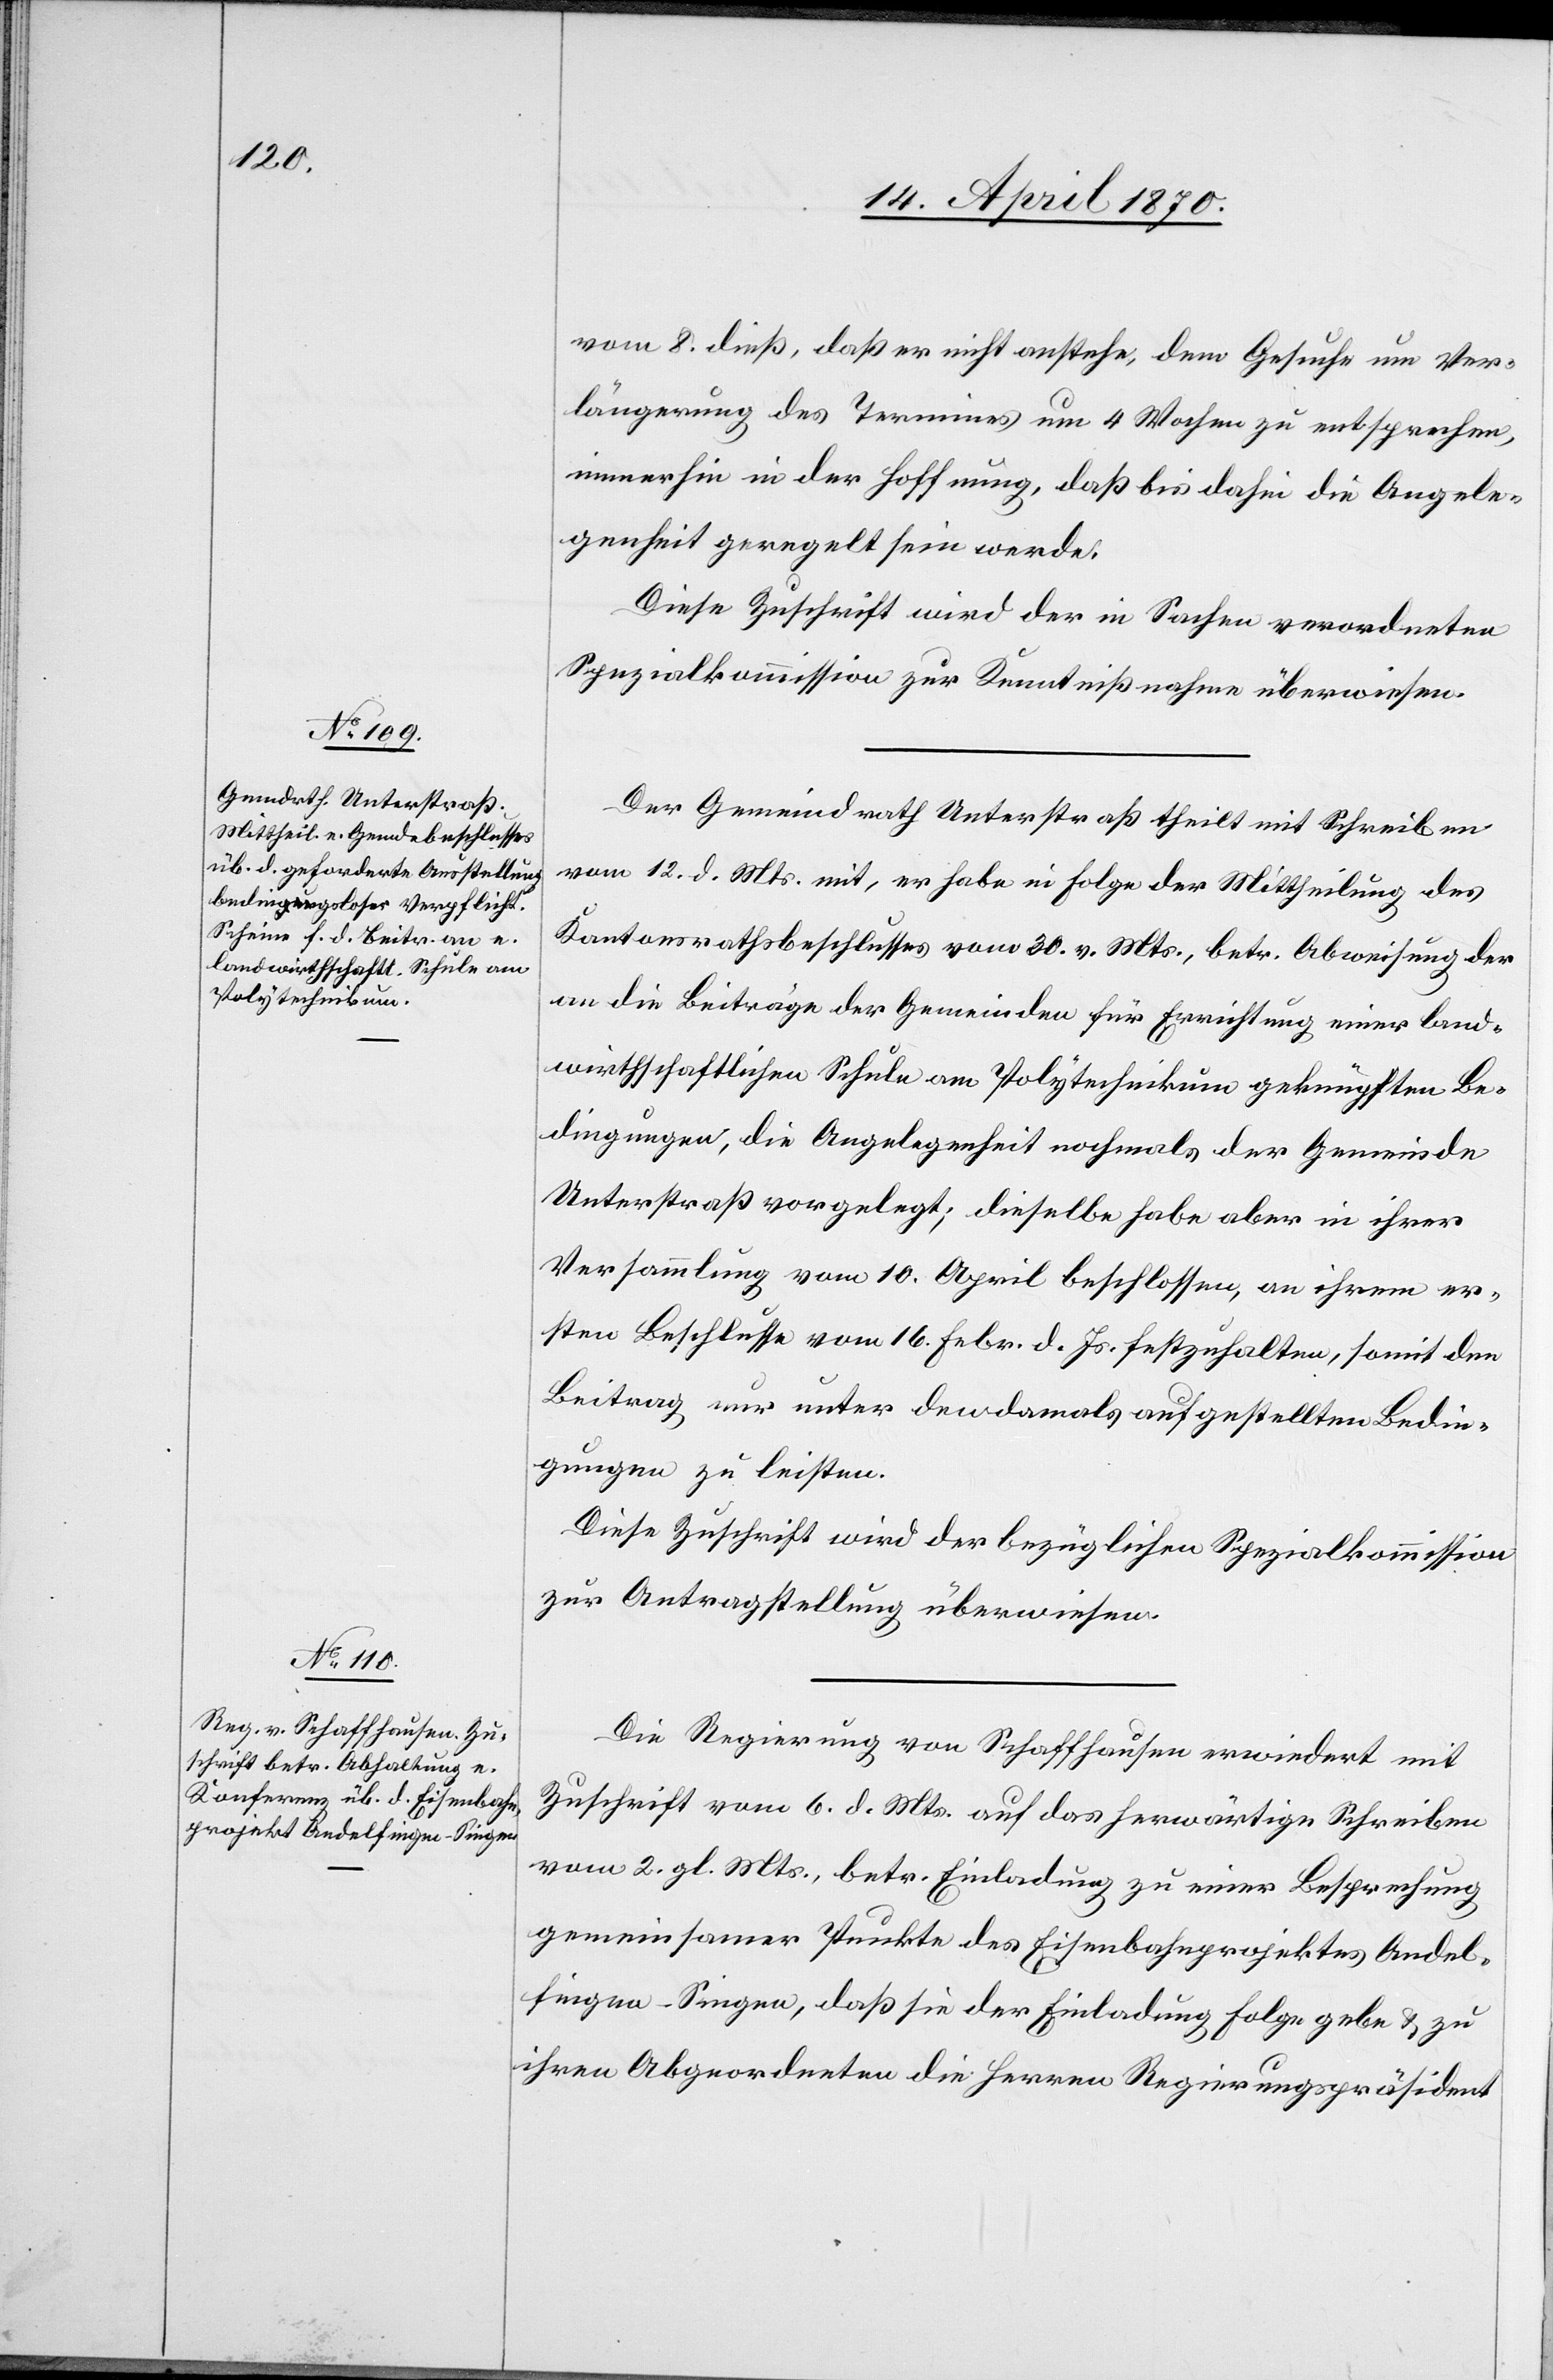
vom 8. dieß, daß er nicht anstehe, dem Gesuche um Ver¬
längerung des Termines um 4 Wochen zu entsprechen,
immerhin in der Hoffnung, daß bis dahin die Angele¬
genheit geregelt sein werde.
Diese Zuschrift wird der in Sachen verordneten
Spezialkommission zur Kenntnißnahme überwiesen.
Der Gemeindrath Unterstraß theilt mit Schreiben
vom 12. d. Mts. mit, er habe in Folge der Mittheilung des
Kantonsrathsbeschlusses vom 30. v. Mts., betr. Abweisung der
an die Beiträge der Gemeinden für Errichtung einer land¬
wirthschaftlichen Schule am Polytechnikum geknüpften Be¬
dingungen, die Angelegenheit nochmals der Gemeinde
Unterstraß vorgelegt; dieselbe habe aber in ihrer
Versammlung vom 10. April beschlossen, an ihrem er¬
sten Beschlusse vom 16. Febr. d. Js. festzuhalten, somit den
Beitrag nur unter den damals aufgestellten Bedin¬
gungen zu leisten.
Diese Zuschrift wird der bezüglichen Spezialkommission
zur Antragstellung überwiesen.
Die Regierung von Schaffhausen erwiedert mit
Zuschrift vom 6. d. Mts. auf das herwärtige Schreiben
vom 2. gl. Mts., betr. Einladung zu einer Besprechung
gemeinsamer Punkte des Eisenbahnprojektes Andel¬
fingen–Singen, daß sie der Einladung Folge gebe & zu
ihren Abgeordneten die Herren Regierungspräsident